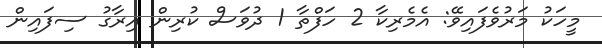
މީހަކު މަރުވެފައިވޭ: އެމެރިކާ 2 ހަފްތާ 1 ދުވަސް ކުރިން އިރާގު ސިފައިން